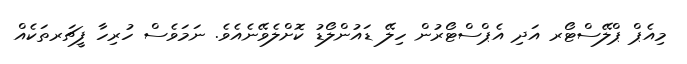
މިއެޕް ޕްލޭސްޓޯރ އަދި އެޕްސްޓޯރުން ހިލޭ ޑައުންލޯޑު ކޮށްލެވޭނެއެވެ. ނަމަވެސް ހުރިހާ ފީޗަރތަކެއް